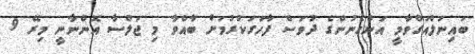
ބައިނަލްއަގްވާމީ އަންހެނުންގެ ދުވަސް ފާހަގަކުރުމަށް ބާއްވާ މި ޖަލްސާ އޮންނާނީ މިރޭ 9